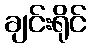
ချင်းရိုင်